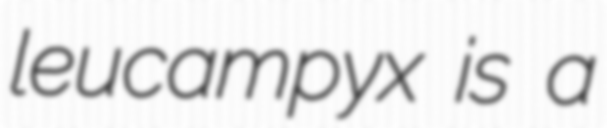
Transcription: leucampyx is a